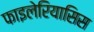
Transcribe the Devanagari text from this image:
फाइलेरियासिस